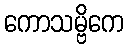
ကောသမ္ဗိကေ